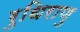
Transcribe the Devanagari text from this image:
रुधिराणु